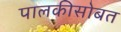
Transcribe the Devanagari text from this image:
पालकीसोबत